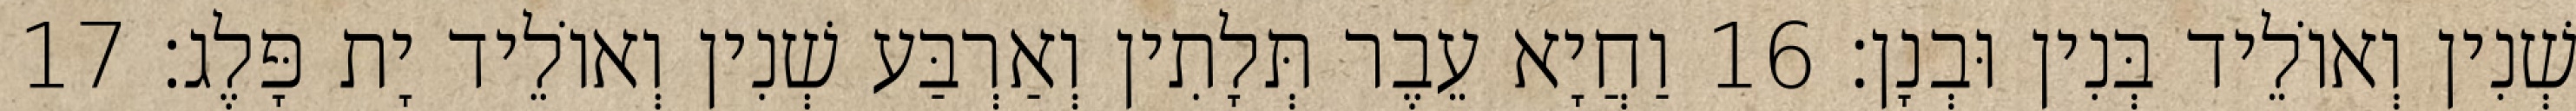
שְׁנִין וְאוֹלֵיד בְּנִין וּבְנָן׃ 16 וַחֲיָא עֵבֶר תְּלָתִין וְאַרְבַּע שְׁנִין וְאוֹלֵיד יָת פָּלֶג׃ 17